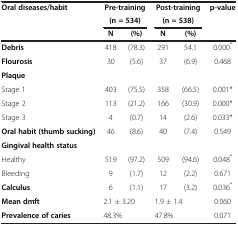
| Oral diseases/habit | <COLSPAN=2> Pre-training | <COLSPAN=2> Post-training | p-value |
 |  | <COLSPAN=2> (n = 534) | <COLSPAN=2> (n = 538) |  |
 |  | N | (%) | N | (%) |  |
 | --- | --- | --- | --- | --- | --- |
 | Debris | 418 | (78.3) | 291 | 54.1 | 0.000* |
 | Flourosis | 30 | (5.6) | 37 | (6.9) | 0.468 |
 | <COLSPAN=6> Plaque |
 | Stage 1 | 403 | (75.5) | 358 | (66.5) | 0.001* |
 | Stage 2 | 113 | (21.2) | 166 | (30.9) | 0.000* |
 | Stage 3 | 4 | (0.7) | 14 | (2.6) | 0.033* |
 | Oral habit (thumb sucking) | 46 | (8.6) | 40 | (7.4) | 0.549 |
 | <COLSPAN=6> Gingival health status |
 | Healthy | 519 | (97.2) | 509 | (94.6) | 0.048* |
 | Bleeding | 9 | (1.7) | 12 | (2.2) | 0.671 |
 | Calculus | 6 | (1.1) | 17 | (3.2) | 0.036* |
 | Mean dmft | <COLSPAN=2> 2.1 ± 3.20 | <COLSPAN=2> 1.9 ± 1.4 | 0.060 |
 | Prevalence of caries | <COLSPAN=2> 48.3% | <COLSPAN=2> 47.8% | 0.071 |